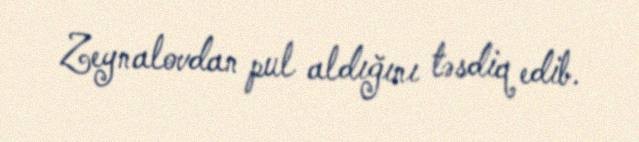
Zeynalovdan pul aldığını təsdiq edib.